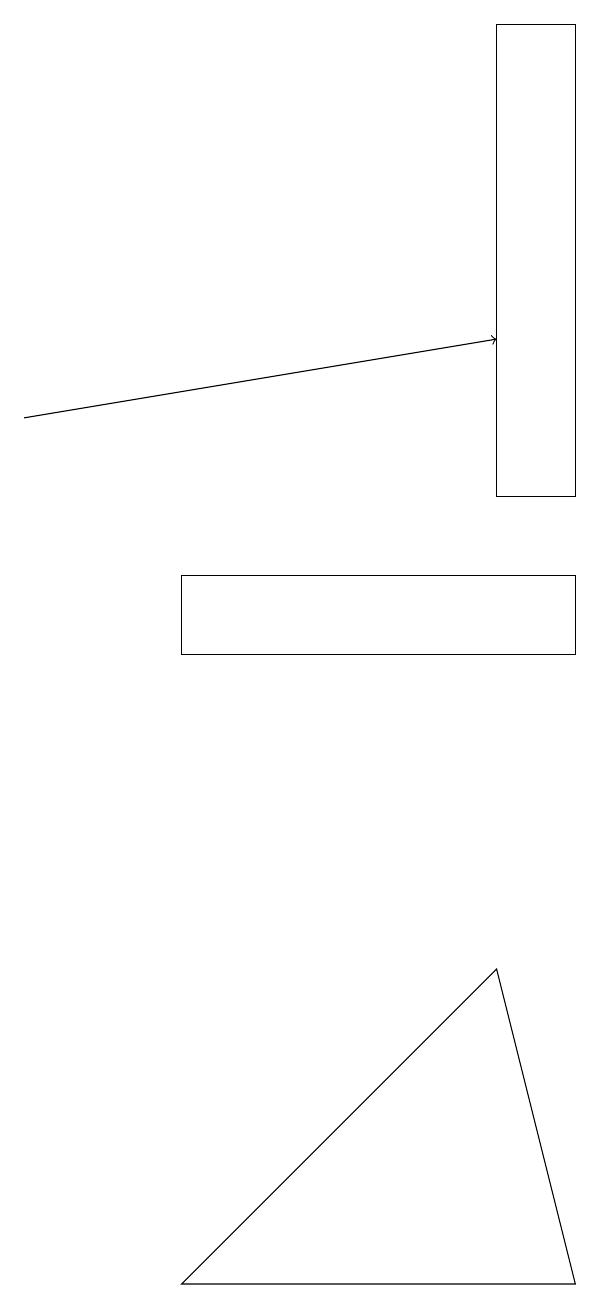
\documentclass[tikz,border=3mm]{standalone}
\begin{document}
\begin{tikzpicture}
\draw (3,11) rectangle (8,12);
\draw[->] (1,14) -- (7,15);
\draw (8,3) -- (7,7) -- (3,3) -- cycle;
\draw (8,13) rectangle (7,19);
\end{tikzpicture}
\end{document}